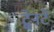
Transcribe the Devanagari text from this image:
ट्वेनटे